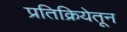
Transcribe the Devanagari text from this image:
प्रतिक्रियेतून